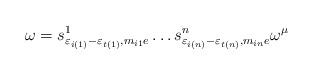
LaTeX: \begin{align*}\omega =s_{\varepsilon_{i(1)} - \varepsilon_{t(1)},m_{i1}e}^1\ldots s_{\varepsilon_{i(n)} - \varepsilon_{t(n)},m_{in}e}^n\omega^\mu\end{align*}